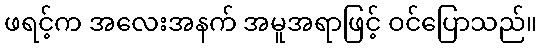
ဖရင့်က အလေးအနက် အမူအရာဖြင့် ဝင်ပြောသည်။